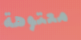
معتوهة